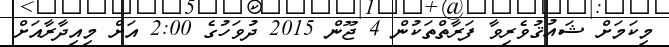
މިކަމަށް ޝައުޤުވެރިވާ ފަރާތްތަކުން 4 ޖޫން 2015 ދުވަހުގެ 2:00 އަށް މިއިދާރާއަށް